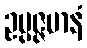
ဥပ္ပဇ္ဇမာနံ